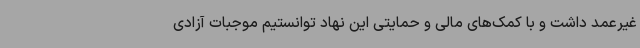
غیرعمد داشت و با کمک‌های مالی و حمایتی این نهاد توانستیم موجبات آزادی